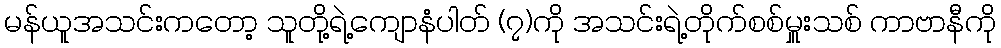
မန်ယူအသင်းကတော့ သူတို့ရဲ့ကျောနံပါတ် (၇)ကို အသင်းရဲ့တိုက်စစ်မှူးသစ် ကာဗာနီကို